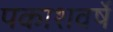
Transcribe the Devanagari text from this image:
पकाशवर्षे